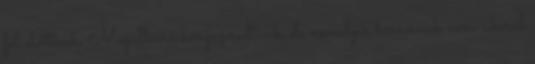
fel előttünk. Megállásra kényszerültünk, de némelyik harcosnak nem sikerül